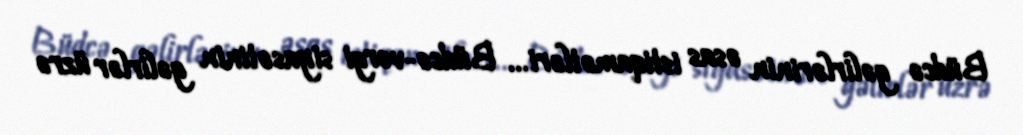
Büdcə gəlirlərinin əsas istiqamətləri... Büdcə-vergi siyasətinin gəlirlər üzrə